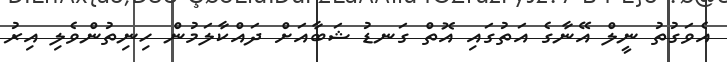
އެވަގުތު ނީލް އޭނާގެ އަތުގައި އޮތް ގަނޑު ޝަބާއަށް ދައްކާލަމުން ހިނިތުންވެލި އިރު